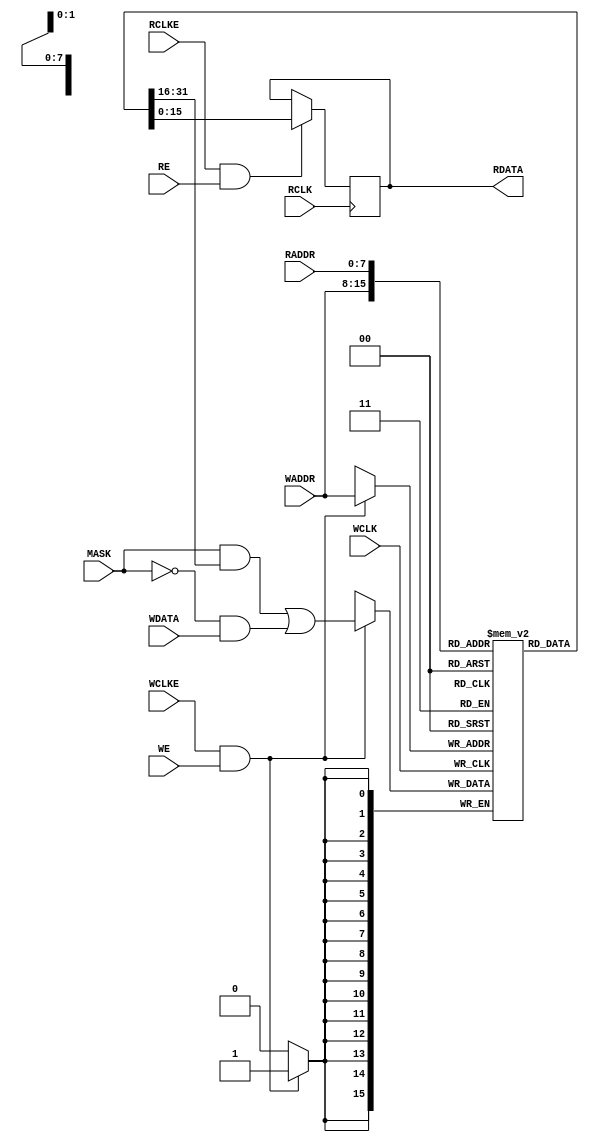
//###############################################################################
//# NiNA - Behavioral Model of the SB_RAM256x16 Dual-ported RAM Cell            #
//###############################################################################
//#    Copyright 2018 - 2019 Dirk Heisswolf                                     #
//#    This file is part of the N1 project.                                     #
//#                                                                             #
//#    N1 is free software: you can redistribute it and/or modify               #
//#    it under the terms of the GNU General Public License as published by     #
//#    the Free Software Foundation, either version 3 of the License, or        #
//#    (at your option) any later version.                                      #
//#                                                                             #
//#    N1 is distributed in the hope that it will be useful,                    #
//#    but WITHOUT ANY WARRANTY; without even the implied warranty of           #
//#    MERCHANTABILITY or FITNESS FOR A PARTICULAR PURPOSE.  See the            #
//#    GNU General Public License for more details.                             #
//#                                                                             #
//#    You should have received a copy of the GNU General Public License        #
//#    along with N1.  If not, see <http://www.gnu.org/licenses/>.              #
//###############################################################################
//# Description:                                                                #
//#    This is a behavioral model of the SB_RAM256x16 dual-ported RAM cell,     #
//#    which is available on all Lattice iCE40 FPGA devices. This model has     #
//#    been written based on the public documentation from Lattice.             #
//#                                                                             #
//###############################################################################
//# Version History:                                                            #
//#   May 15, 2019                                                              #
//#      - Initial release                                                      #
//###############################################################################
`default_nettype none

module SB_RAM256x16
  #(parameter INIT_0 = 256'h0000000000000000000000000000000000000000000000000000000000000000, //0x00 - 0x0F
    parameter INIT_1 = 256'h0000000000000000000000000000000000000000000000000000000000000000, //0x10 - 0x1F
    parameter INIT_2 = 256'h0000000000000000000000000000000000000000000000000000000000000000, //0x20 - 0x2F
    parameter INIT_3 = 256'h0000000000000000000000000000000000000000000000000000000000000000, //0x30 - 0x3F
    parameter INIT_4 = 256'h0000000000000000000000000000000000000000000000000000000000000000, //0x40 - 0x4F
    parameter INIT_5 = 256'h0000000000000000000000000000000000000000000000000000000000000000, //0x50 - 0x5F
    parameter INIT_6 = 256'h0000000000000000000000000000000000000000000000000000000000000000, //0x60 - 0x6F
    parameter INIT_7 = 256'h0000000000000000000000000000000000000000000000000000000000000000, //0x70 - 0x7F
    parameter INIT_8 = 256'h0000000000000000000000000000000000000000000000000000000000000000, //0x80 - 0x8F
    parameter INIT_9 = 256'h0000000000000000000000000000000000000000000000000000000000000000, //0x90 - 0x9F
    parameter INIT_A = 256'h0000000000000000000000000000000000000000000000000000000000000000, //0xA0 - 0xAF
    parameter INIT_B = 256'h0000000000000000000000000000000000000000000000000000000000000000, //0xB0 - 0xBF
    parameter INIT_C = 256'h0000000000000000000000000000000000000000000000000000000000000000, //0xC0 - 0xCF
    parameter INIT_D = 256'h0000000000000000000000000000000000000000000000000000000000000000, //0xD0 - 0xDF
    parameter INIT_E = 256'h0000000000000000000000000000000000000000000000000000000000000000, //0xE0 - 0xEF
    parameter INIT_F = 256'h0000000000000000000000000000000000000000000000000000000000000000) //0xF0 - 0xFF
   (input  wire  [7:0]     RADDR,                                                             //read address
    input  wire            RCLK,                                                              //read clock
    input  wire            RCLKE,                                                             //read clock enable
    input  wire            RE,                                                                //read enable
    input  wire  [7:0]     WADDR,                                                             //write address
    input  wire            WCLK,                                                              //write clock
    input  wire            WCLKE,                                                             //write clock enable
    input  wire [15:0]     WDATA,                                                             //write data
    input  wire            WE,                                                                //write enable
    input  wire [15:0]     MASK,                                                              //write mask
    output reg  [15:0]     RDATA);                                                            //read data

   //Memory
   reg [15:0]              memory [255:0];

   //Memory initialization
   initial
     begin
        {memory[8'h0f], memory[8'h0e], memory[8'h0d], memory[8'h0c],                          //0x00 - 0x0F
         memory[8'h0b], memory[8'h0a], memory[8'h09], memory[8'h08],
         memory[8'h07], memory[8'h06], memory[8'h05], memory[8'h04],
         memory[8'h03], memory[8'h02], memory[8'h01], memory[8'h00]} = INIT_0;

        {memory[8'h1f], memory[8'h1e], memory[8'h1d], memory[8'h1c],                          //0x10 - 0x1F
         memory[8'h1b], memory[8'h1a], memory[8'h19], memory[8'h18],
         memory[8'h17], memory[8'h16], memory[8'h15], memory[8'h14],
         memory[8'h13], memory[8'h12], memory[8'h11], memory[8'h10]} = INIT_1;

        {memory[8'h2f], memory[8'h2e], memory[8'h2d], memory[8'h2c],                          //0x20 - 0x2F
         memory[8'h2b], memory[8'h2a], memory[8'h29], memory[8'h28],
         memory[8'h27], memory[8'h26], memory[8'h25], memory[8'h24],
         memory[8'h23], memory[8'h22], memory[8'h21], memory[8'h20]} = INIT_2;

        {memory[8'h3f], memory[8'h3e], memory[8'h3d], memory[8'h3c],                          //0x30 - 0x3F
         memory[8'h3b], memory[8'h3a], memory[8'h39], memory[8'h38],
         memory[8'h37], memory[8'h36], memory[8'h35], memory[8'h34],
         memory[8'h33], memory[8'h32], memory[8'h31], memory[8'h30]} = INIT_3;

        {memory[8'h4f], memory[8'h4e], memory[8'h4d], memory[8'h4c],                          //0x40 - 0x4F
         memory[8'h4b], memory[8'h4a], memory[8'h49], memory[8'h48],
         memory[8'h47], memory[8'h46], memory[8'h45], memory[8'h44],
         memory[8'h43], memory[8'h42], memory[8'h41], memory[8'h40]} = INIT_4;

        {memory[8'h5f], memory[8'h5e], memory[8'h5d], memory[8'h5c],                          //0x50 - 0x5F
         memory[8'h5b], memory[8'h5a], memory[8'h59], memory[8'h58],
         memory[8'h57], memory[8'h56], memory[8'h55], memory[8'h54],
         memory[8'h53], memory[8'h52], memory[8'h51], memory[8'h50]} = INIT_5;

        {memory[8'h6f], memory[8'h6e], memory[8'h6d], memory[8'h6c],                          //0x60 - 0x6F
         memory[8'h6b], memory[8'h6a], memory[8'h69], memory[8'h68],
         memory[8'h67], memory[8'h66], memory[8'h65], memory[8'h64],
         memory[8'h63], memory[8'h62], memory[8'h61], memory[8'h60]} = INIT_6;

        {memory[8'h7f], memory[8'h7e], memory[8'h7d], memory[8'h7c],                          //0x70 - 0x7F
         memory[8'h7b], memory[8'h7a], memory[8'h79], memory[8'h78],
         memory[8'h77], memory[8'h76], memory[8'h75], memory[8'h74],
         memory[8'h73], memory[8'h72], memory[8'h71], memory[8'h70]} = INIT_7;

        {memory[8'h8f], memory[8'h8e], memory[8'h8d], memory[8'h8c],                          //0x80 - 0x8F
         memory[8'h8b], memory[8'h8a], memory[8'h89], memory[8'h88],
         memory[8'h87], memory[8'h86], memory[8'h85], memory[8'h84],
         memory[8'h83], memory[8'h82], memory[8'h81], memory[8'h80]} = INIT_8;

        {memory[8'h9f], memory[8'h9e], memory[8'h9d], memory[8'h9c],                          //0x90 - 0x9F
         memory[8'h9b], memory[8'h9a], memory[8'h99], memory[8'h98],
         memory[8'h97], memory[8'h96], memory[8'h95], memory[8'h94],
         memory[8'h93], memory[8'h92], memory[8'h91], memory[8'h90]} = INIT_9;

        {memory[8'haf], memory[8'hae], memory[8'had], memory[8'hac],                          //0xA0 - 0xAF
         memory[8'hab], memory[8'haa], memory[8'ha9], memory[8'ha8],
         memory[8'ha7], memory[8'ha6], memory[8'ha5], memory[8'ha4],
         memory[8'ha3], memory[8'ha2], memory[8'ha1], memory[8'ha0]} = INIT_A;

        {memory[8'hbf], memory[8'hbe], memory[8'hbd], memory[8'hbc],                          //0xB0 - 0xBF
         memory[8'hbb], memory[8'hba], memory[8'hb9], memory[8'hb8],
         memory[8'hb7], memory[8'hb6], memory[8'hb5], memory[8'hb4],
         memory[8'hb3], memory[8'hb2], memory[8'hb1], memory[8'hb0]} = INIT_B;

        {memory[8'hcf], memory[8'hce], memory[8'hcd], memory[8'hcc],                          //0xC0 - 0xCF
         memory[8'hcb], memory[8'hca], memory[8'hc9], memory[8'hc8],
         memory[8'hc7], memory[8'hc6], memory[8'hc5], memory[8'hc4],
         memory[8'hc3], memory[8'hc2], memory[8'hc1], memory[8'hc0]} = INIT_C;

        {memory[8'hdf], memory[8'hde], memory[8'hdd], memory[8'hdc],                          //0xD0 - 0xDF
         memory[8'hdb], memory[8'hda], memory[8'hd9], memory[8'hd8],
         memory[8'hd7], memory[8'hd6], memory[8'hd5], memory[8'hd4],
         memory[8'hd3], memory[8'hd2], memory[8'hd1], memory[8'hd0]} = INIT_D;

        {memory[8'hef], memory[8'hee], memory[8'hed], memory[8'hec],                          //0xE0 - 0xEF
         memory[8'heb], memory[8'hea], memory[8'he9], memory[8'he8],
         memory[8'he7], memory[8'he6], memory[8'he5], memory[8'he4],
         memory[8'he3], memory[8'he2], memory[8'he1], memory[8'he0]} = INIT_E;

        {memory[8'hff], memory[8'hfe], memory[8'hfd], memory[8'hfc],                          //0xF0 - 0xFF
         memory[8'hfb], memory[8'hfa], memory[8'hf9], memory[8'hf8],
         memory[8'hf7], memory[8'hf6], memory[8'hf5], memory[8'hf4],
         memory[8'hf3], memory[8'hf2], memory[8'hf1], memory[8'hf0]} = INIT_F;

     end // initial begin

   //Write access
   always @(posedge WCLK)
     if (WCLKE & WE)
       memory[WADDR] <= (MASK & memory[WADDR]) | (~MASK & WDATA);

   //Read access
   always @(posedge RCLK)
     if (RCLKE & RE)
       RDATA <= memory[RADDR];

endmodule // SB_RAM256x16